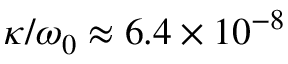
\kappa / \omega _ { 0 } \approx 6 . 4 \times 1 0 ^ { - 8 }